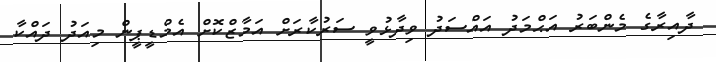
ދާއިރާގެ މެންބަރު އަޙްމަދު އައްސަދު ވިދާޅުވީ ސަރުކާރަށް އަމާޒްކޮށް އެމްޑީޕީން މިއަދު ދައްކާ